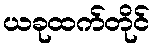
ယခုထက်တိုင်